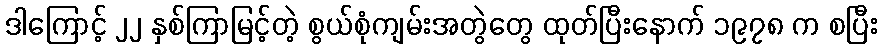
ဒါကြောင့် ၂၂ နှစ်ကြာမြင့်တဲ့ စွယ်စုံကျမ်းအတွဲတွေ ထုတ်ပြီးနောက် ၁၉၇၈ က စပြီး